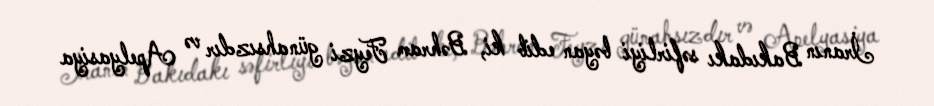
İranın Bakıdakı səfirliyi bəyan edib ki, Bəhram Feyzi günahsızdır və Apelyasiya